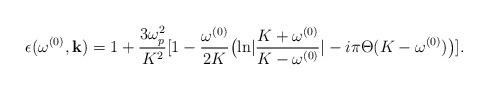
LaTeX: \begin{align*}\epsilon(\omega^{(0)}, {\bf k})=1+{3\omega_p^2\over K^2} [1-{\omega^{(0)}\over 2K}\bigl({\ln}|{K+\omega^{(0)}\over K-\omega^{(0)}}|-i\pi\Theta(K-\omega^{(0)}) \bigr) ].\end{align*}